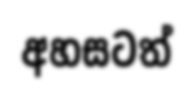
අහසටත්